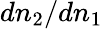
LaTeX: dn_{2}/dn_{1}